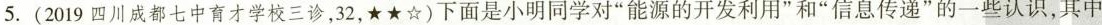
5.(2019四川成都七中育才学校三诊，32，★★☆)下面是小明同学对”能源的开发利用”和”信息传递”的一些认识，其中